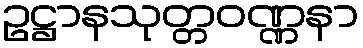
ဥဋ္ဌာနသုတ္တဝဏ္ဏနာ